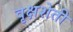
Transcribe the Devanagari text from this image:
वृक्षशेती